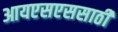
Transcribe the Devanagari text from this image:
आयएसएससाठी